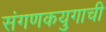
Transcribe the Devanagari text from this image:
संगणकयुगाची